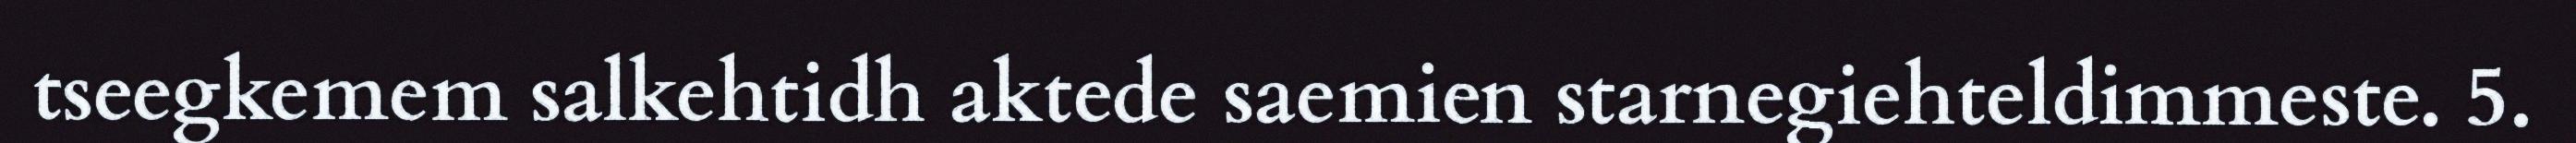
tseegkemem salkehtidh aktede saemien starnegiehteldimmeste. 5.